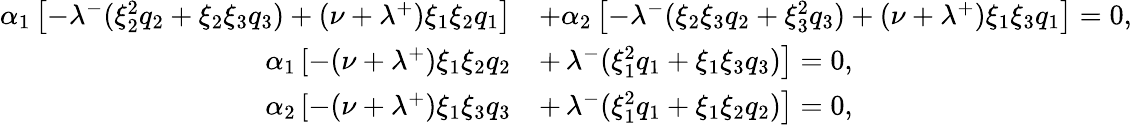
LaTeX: \begin{array}{rl}{\alpha_{1}\left[-\lambda^{-}(\xi_{2}^{2}q_{2}+\xi_{2}\xi_{3}q_{3})+(\nu+\lambda^{+})\xi_{1}\xi_{2}q_{1}\right]}&{+\alpha_{2}\left[-\lambda^{-}(\xi_{2}\xi_{3}q_{2}+\xi_{3}^{2}q_{3})+(\nu+\lambda^{+})\xi_{1}\xi_{3}q_{1}\right]=0,}\\ {\alpha_{1}\left[-(\nu+\lambda^{+})\xi_{1}\xi_{2}q_{2}\right.}&{+\left.\lambda^{-}(\xi_{1}^{2}q_{1}+\xi_{1}\xi_{3}q_{3})\right]=0,}\\ {\alpha_{2}\left[-(\nu+\lambda^{+})\xi_{1}\xi_{3}q_{3}\right.}&{+\left.\lambda^{-}(\xi_{1}^{2}q_{1}+\xi_{1}\xi_{2}q_{2})\right]=0,}\end{array}